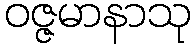
ဝဇ္ဇမာနာသု